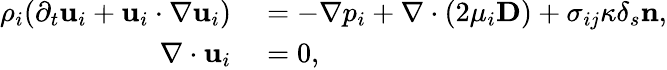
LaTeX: \begin{array}{rl}{\rho_{i}(\partial_{t}\mathbf{u}_{i}+\mathbf{u}_{i}\cdot\nabla\mathbf{u}_{i})}&{{}=-\nabla p_{i}+\nabla\cdot(2\mu_{i}\mathbf{D})+\sigma_{ij}\kappa\delta_{s}\mathbf{n},}\\ {\nabla\cdot\mathbf{u}_{i}}&{{}=0,}\end{array}